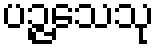
ပဉ္ဇသေသု